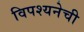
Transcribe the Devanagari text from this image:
विपश्यनेची